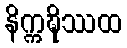
နိက္ကဍ္ဎိဿထ